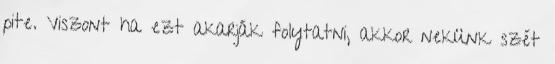
pite. Viszont ha ezt akarják folytatni, akkor nekünk szét